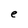
Character: e